Vaccination in the Punjab 1883-1896 - 1883-1896
Year: 1883
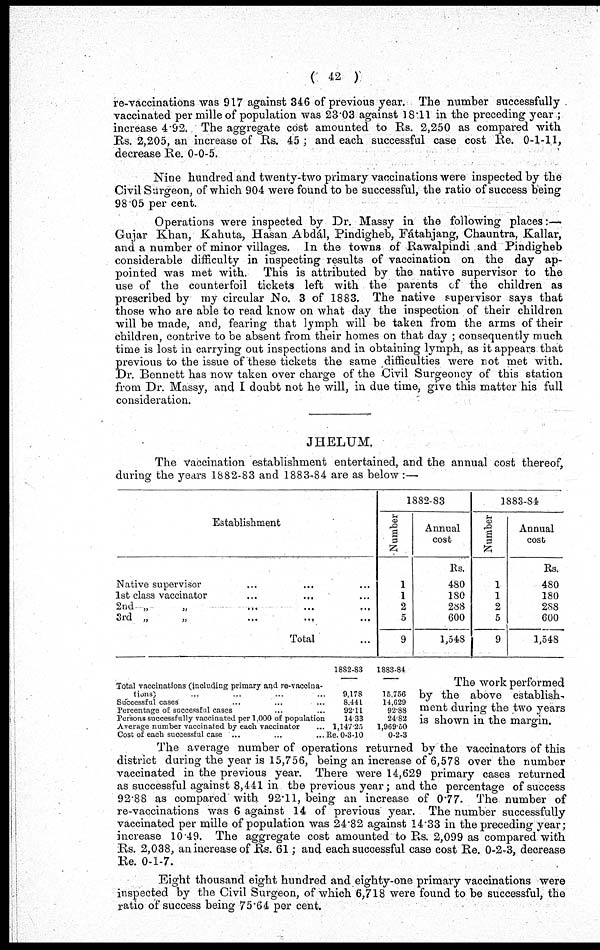
( 42 )
re-vaccinations was 917 against 346 of previous year. The number successfully
vaccinated per mille of population was 23.03 against 18.11 in the preceding year;
increase 4.92. The aggregate cost amounted to Rs. 2,250 as compared with
Rs. 2,205, an increase of Rs. 45; and each successful case cost Re. 0-1-11,
decrease Re. 0-0-5.
Nine hundred and twenty-two primary vaccinations were inspected by the
Civil Surgeon, of which 904 were found to be successful, the ratio of success being
98.05 per cent.
Operations were inspected by Dr. Massy in the following places:—
Gujar Khan, Kahuta, Hasan Abdál, Pindigheb, Fátahjang, Chauntra, Kallar,
and a number of minor villages. In the towns of Rawalpindi and Pindigheb
considerable difficulty in inspecting results of vaccination on the day ap-
pointed was met with. This is attributed by the native supervisor to the
use of the counterfoil tickets left with the parents of the children as
prescribed by my circular No. 3 of 1883. The native supervisor says that
those who are able to read know on what day the inspection of their children
will be made, and, fearing that lymph will be taken from the arms of their
children, contrive to be absent from their homes on that day ; consequently much
time is lost in carrying out inspections and in obtaining lymph, as it appears that
previous to the issue of these tickets the same difficulties were not met with.
Dr. Bonnett has now taken over charge of the Civil Surgeoncy of this station
from Dr. Massy, and I doubt not he will, in due time, give this matter his full
consideration.
JHELUM.
The Vaccination establishment entertained, and the annual cost thereof,
during the years 1882-83 and 1883-84 are as below :—
Establishment
Native supervisor
1st class vaccinator
2nd „ „ ... ... ...
3rd „ „ ... ... ...
Total ...
1882-83
Number
1
1
2
5
9
Annual
cost
Rs.
480
180
288
600
1,548
1883-84
Number
1
1
2
5
9
Annual
cost
Rs.
480
180
288
600
1,548
Total vaccinations (including primary and re-vaccina-
tions) ... ... ... ...
Successful cases ... ... ...
Percentage of successful cases ... ...
Persons successfully vaccinated per 1,000 of population
Average number vaccinated by each vaccinator ...
Cost of each successful case ... ... ...
1882-83
9,178
8.441
92.11
14.33
1,147.25
Re. 0-3-10
1883-84
15,756
14,629
92.88
24.82
1,969.50
0-2-3
The work performed
by the above establish-
ment during the two years
is shown in the margin.
The average number of operations returned by the vaccinators of this
district during the year is 15,756, being an increase of 6,578 over the number
vaccinated in the previous year. There were 14,629 primary cases returned
as successful against 8,441 in the previous year; and the percentage of success
92.88 as compared with 92.11, being an increase of 0.77. The number of
re-vaccinations was 6 against 14 of previous year. The number successfully
vaccinated per mille of population was 24.82 against 14.33 in the preceding year;
increase 10.49. The aggregate cost amounted to Rs. 2,099 as compared with
Rs. 2,038, an increase of Rs. 61; and each successful case cost Re. 0-2-3, decrease
Re. 0-1-7.
Eight thousand eight hundred and eighty-one primary vaccinations were
inspected by the Civil Surgeon, of which 6,718 were found to be successful, the
ratio of success being 75.64 per cent.